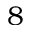
8